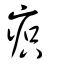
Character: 疻